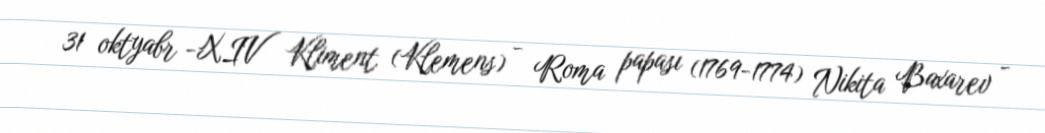
31 oktyabr -XIV Kliment (Klemens) - Roma papası (1769-1774) Nikita Baxarev -